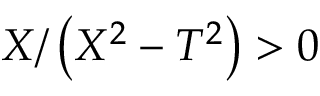
X / \left( X ^ { 2 } - T ^ { 2 } \right) > 0